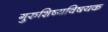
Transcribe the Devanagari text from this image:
गुरुशिष्यविषयक